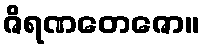
ဇိရဏတေဇော။